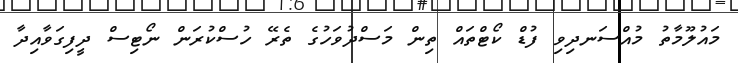
މައުލޫމާތު މުއްސަނދިވި ފުޑް ކޯޓްތައް ތިން މަސްދުވަހުގެ ތެރޭ ހުސްކުރަން ނޯޓިސް ދީފިގަވާއިދާ